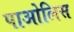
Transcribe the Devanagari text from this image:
पाओलिस